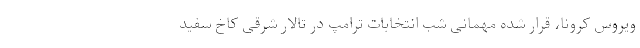
ویروس کرونا، قرار شده مهمانی شب انتخابات ترامپ در تالار شرقی کاخ سفید